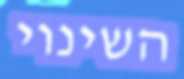
השינוי